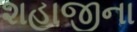
શહાજીના